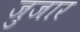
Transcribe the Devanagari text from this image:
जुजार